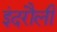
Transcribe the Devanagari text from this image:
इंदरौली